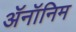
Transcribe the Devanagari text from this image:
ॲनॉनिम